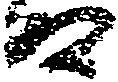
る